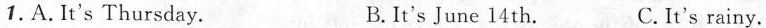
1.A. It's Thursday. B.It's June 14 th. C.It's rainy.